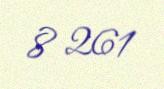
8 261